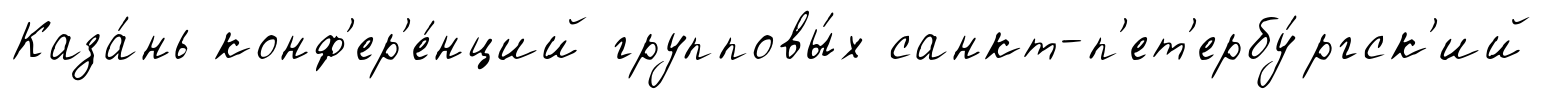
Каза́нь конф'ер'е́нций групповы́х санкт-п'ет'ербу́ргск'ий